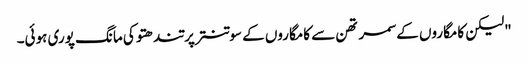
"لیکن کامگاروں کے سمرتھن سے کامگاروں کے سوتنتر پرتندھتو کی مانگ پوری ہوئی۔